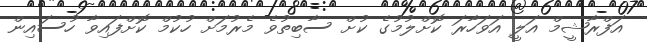
އަފްރާޝީމް އަލީ އަވަހާރަ ކޮށްލުމުގެ ކުށް ސާބިތުވެ މެރުމަށް ހުކުމް ކޮށްފައިވާ ހުސައިން